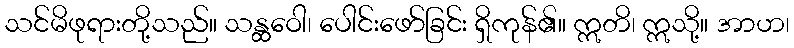
သင်မိဖုရားတို့သည်။ သန္ထဝေါ၊ ပေါင်းဖော်ခြင်း ရှိကုန်၏။ ဣတိ၊ ဣသို့။ အာဟ၊